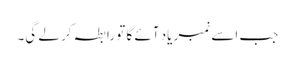
جب اسے نمبر یاد آئے گا تو رابطہ کر لے گی۔